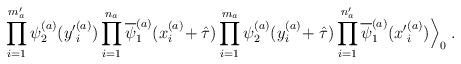
LaTeX: \begin{align*}\prod_{i=1}^{m^\prime_a} \psi^{(a)}_2({y^\prime}_i^{(a)})\prod_{i=1}^{n_a} \overline{\psi}^{(a)}_1(x_i^{(a)}\!+ \hat{\tau})\prod_{i=1}^{m_a} \psi^{(a)}_2(y_i^{(a)}\!+ \hat{\tau})\prod_{i=1}^{n^\prime_a} \overline{\psi}^{(a)}_1({x^\prime}^{(a)}_i)\Big \rangle_0 \; .\end{align*}